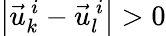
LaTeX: \left|\vec{u}_{k}^{\, i}-\vec{u}_{l}^{\, i}\right|>0